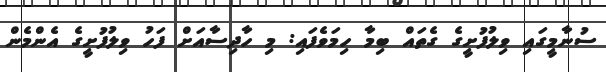
ސުނާމީގައި ވިލުފުށީގެ ގެތައް ބިމާ ހިމަވެފައި: މި ހާދިސާއަށް ފަހު ވިލުފުށީގެ އެންމެން